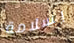
بسلامة